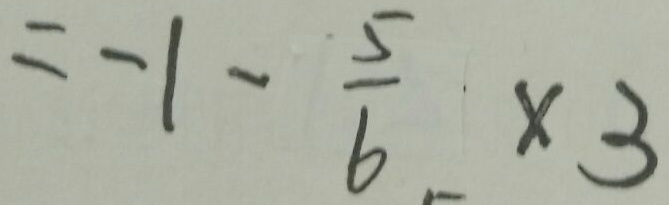
= - 1 - \frac { 5 } { 6 } \times 3